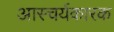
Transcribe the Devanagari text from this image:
आस्चर्यकारक